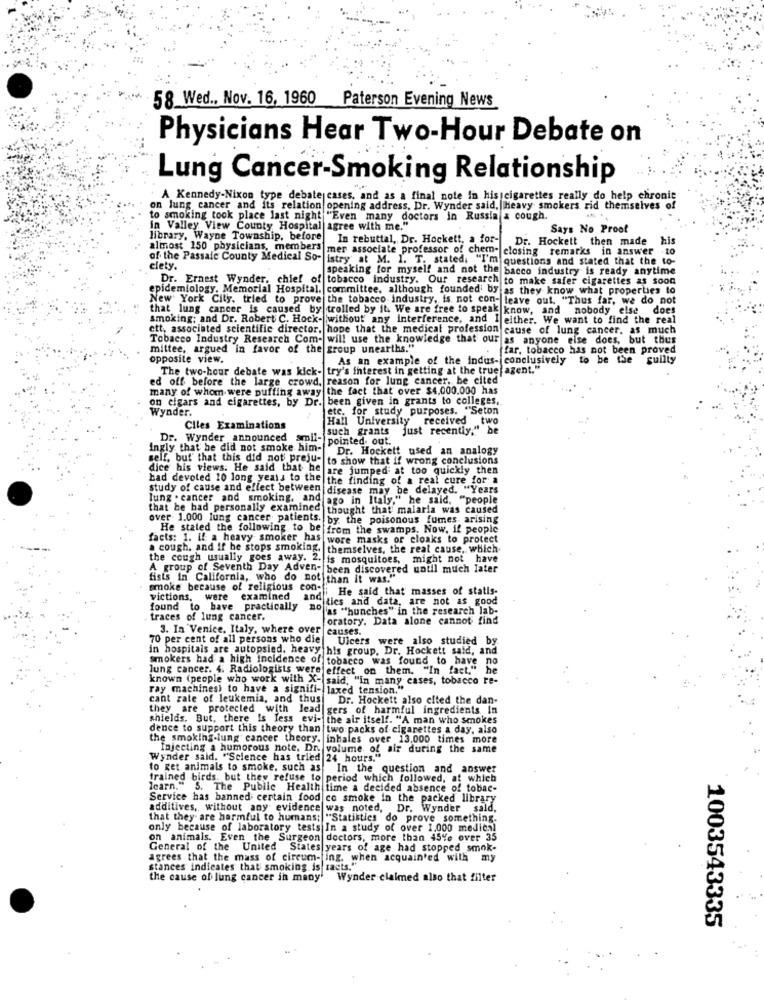
58. Wed .. Nov. 16, 1960
Paterson Evening News
Physicians Hear Two-Hour Debate on
Lung Cancer-Smoking Relationship
A. Kennedy-Nixon type debate cases, and as a final note in his cigarettes really do help chronic
on lung cancer and its relation opening address. Dr. Wynder said, Heavy smokers rid themselves of
to smoking took place last night "Even many doctors in Russia & cough.
in Valley View County Hospital agree with me."
Says No Proof
library, Wayne Township, before
In rebuttal, Dr. Hockett, a for-
Dr. Hockett then made
his
almost 150 physicians, members mer associate professor of chem- closing remarks in answer -to
of the Passale County Medical So-
istry at M. I. T. stated, "I'm questions and stated that the to-
clety.
speaking for myself and not the bacco industry is ready anytime
Dr. Ernest Wynder, chief of tobacco industry. Our research to make safer cigarettes as soon
epidemiology. Memorial Hospital. committee, although founded by as they know what properties to
New York City, tried to prove the tobacco. industry, is not con- leave out. "Thus far, we do not
that lung cancer is caused by trolled by it. We are free to speak know, and nobody else does
smoking; and Dr. Robert C. Hock- without any interference, and I either. We want to find the real
ctt, associated scientific director, hope that the medical profession cause of lung cancer, as much
Tobacco Industry Research Com- will use the knowledge that our as anyone else does, but thus
mittee, argued in favor of the group unearths."
ffar, tobacco has not been proved
opposite view.
As an example of the indus- conclusively to be the guilty
The two-hour debate was kick- try's interest in getting at the true" agent."
ed off before the large crowd, reason for lung cancer, be cited
many of whom were puffing away the fact that over $4,000.000 has
on cigars and cigarettes, by Dr. been given in grants to colleges ..
Wynder.
etc. for study purposes. "Seton
Hall University received two
Ciles Examinations
just recently."
Dr. Wynder announced smil-
pointed out.
Ingly that he did not smoke him-
Dr. Hockett used an analogy
self, but that this did not preju-
to show that if wrong conclusions
dice his views. He said that he
are jumped at too quickly then
had devoted 10 long yeats to the the finding of a real cure for a
study of cause and effect between disease may be delayed. "Years
lung . cancer and smoking, and
ago in Italy," he said, "people
that be had personally examined
thought that malaria was caused
over 1.000 lung cancer patients. by the poisonous fumes, arising
He stated the following to be from the swamps. Now. if people
facts: 1. If a heavy smoker has wore masks or cloaks to protect
a cough, and if he stops smoking. |themselves, the real cause, which
the cough usually goes away. 2. is mosquitoes, might not have
A group of Seventh Day Adven- been discovered until much later
fists in California, who do not than it was."
smoke because of religious con-
i He said that masses of statis-
victions, were examined ane tics and data, are not as good
found to have practically
['as ""hunches" in the research lab-
traces of lung cancer.
oratory. Data alone cannot find
3. In Venice, Italy, where over
causes.
70 per cent of all persons who die
Ulcers were also studied by
in hospitals are autopsied. heavy this group, Dr. Hockett said, and
smokers had a high incidence of tobacco was found to have no
lung cancer. 4. Radiologists were effect on them. "In fact,"
known (people who work with X-|s
"said, "In many cases, tobacco re-
ray machines) to have a signifi- laxed tension."
cant rate of leukemia, and thus!
Dr. Hockett also cited the dan-
they are protected with
lead gers of harmful ingredients In
shields. But, there Is less evi- the air itself. "A man who smokes
dence to support this theory than two packs of cigarettes a day, also
the smoking-lung cancer theory. inhales over 13.000 times more
Injecting a humorous note, Dr. volume of air during the same
Wynder said. "Science has tried 24 hours."
to get animals to smoke, such as In the question and answer
trained birds. but they refuse to period which followed, at which
learn." 5. The Public Health time a decided absence of tobac-
Service has banned certain food co smoke in the packed library
additives, without any evidence was noted, Dr. Wynder sald,
that they are harmful to humans; "Statistics do prove something.
only because of laboratory tests In a study of over 1.000 medical
on animals. Even the Surgeon doctors, more than 45% over 35
General of the
United
States years of age had stopped smok-
agrees that the mass of circum- ing. when acquainted with my
stances indicates that smoking is racts.
the cause of lung cancer in many' Wynder claimed also that filter
1003543335